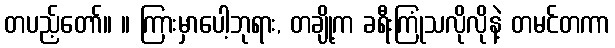
တပည့်တော်။ ။ ကြားမှာပေါ့ဘုရား, တချို့က ခရီးကြုံသလိုလိုနဲ့ တမင်တကာ